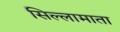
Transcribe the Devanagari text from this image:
सिल्लामाता